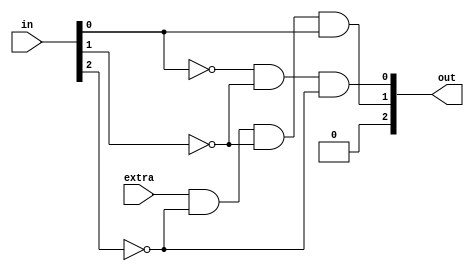
module COMBLOGSTATE
(
input [2:0] in,
input extra,
output [2:0] out
);
assign out[0]= ~in[0] & ~in[1] & ~in[2];
assign out[1]= extra & ~in[2] & ~in[1] & in[0];
assign out[2]=0;
endmodule